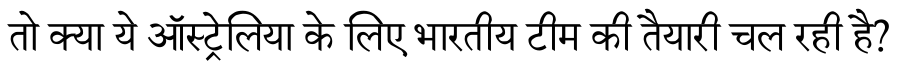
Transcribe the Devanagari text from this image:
तो क्या ये ऑस्ट्रेलिया के लिए भारतीय टीम की तैयारी चल रही है?